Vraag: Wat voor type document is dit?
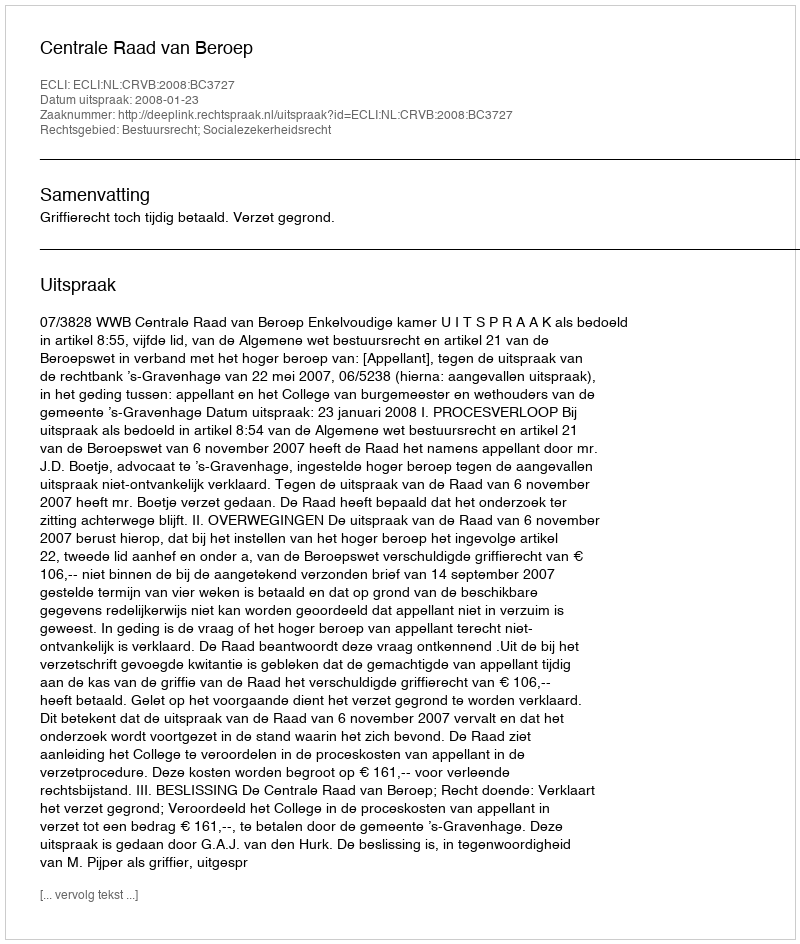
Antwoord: Uitspraak